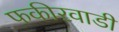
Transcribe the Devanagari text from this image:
फकीरवाडी